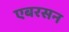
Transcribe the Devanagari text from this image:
एबरसन